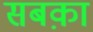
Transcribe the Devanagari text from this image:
सबक़ा